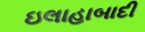
ઇલાહાબાદી